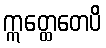
ဣတ္ထေတေပိ